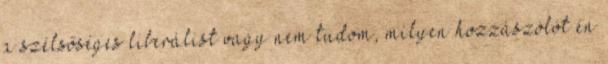
a szélsőséges liberálist vagy nem tudom, milyen hozzászólót én